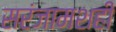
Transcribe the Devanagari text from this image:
सरंजामशही